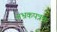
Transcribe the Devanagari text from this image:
अभ्रकपत्रक